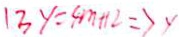
1 3 y = 4 m + 1 2 \Rightarrow y